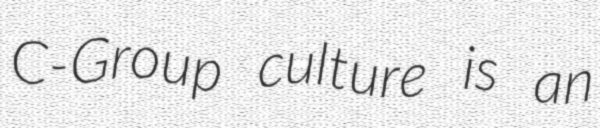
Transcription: C-Group culture is an